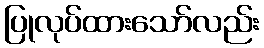
ပြုလုပ်ထားသော်လည်း